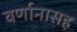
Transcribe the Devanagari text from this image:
वर्णानासह